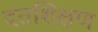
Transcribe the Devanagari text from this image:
दंतशिक्षण